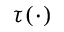
\tau ( \cdot )